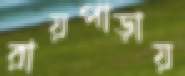
রায়পাড়ায়